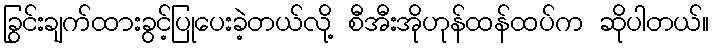
ခြွင်းချက်ထားခွင့်ပြုပေးခဲ့တယ်လို့ စီအီးအိုဟုန်ထန်ထပ်က ဆိုပါတယ်။